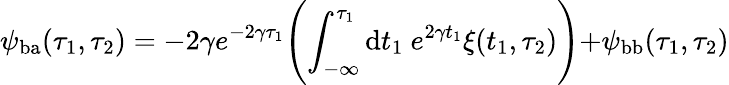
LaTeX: \psi_{\mathrm{ba}}(\tau_{1},\tau_{2})=-2\gamma e^{-2\gamma\tau_{1}}\Biggl(\int_{-\infty}^{\tau_{1}}\mathrm{d}t_{1}~e^{2\gamma t_{1}}\xi(t_{1},\tau_{2})\Biggl)+\psi_{\mathrm{bb}}(\tau_{1},\tau_{2})